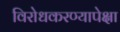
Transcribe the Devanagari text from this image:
विरोधकरण्यापेक्षा